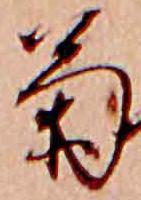
菊